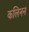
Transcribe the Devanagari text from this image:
कलिनन